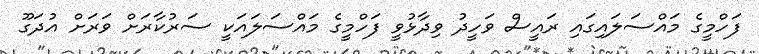
ފަހްމީގެ މައްސަލައިގައި ރައީސް ވަހީދު ވިދާޅުވީ ފަހްމީގެ މައްސަލައަކީ ސަރުކާރަށް ވަރަށް އުދަގޫ